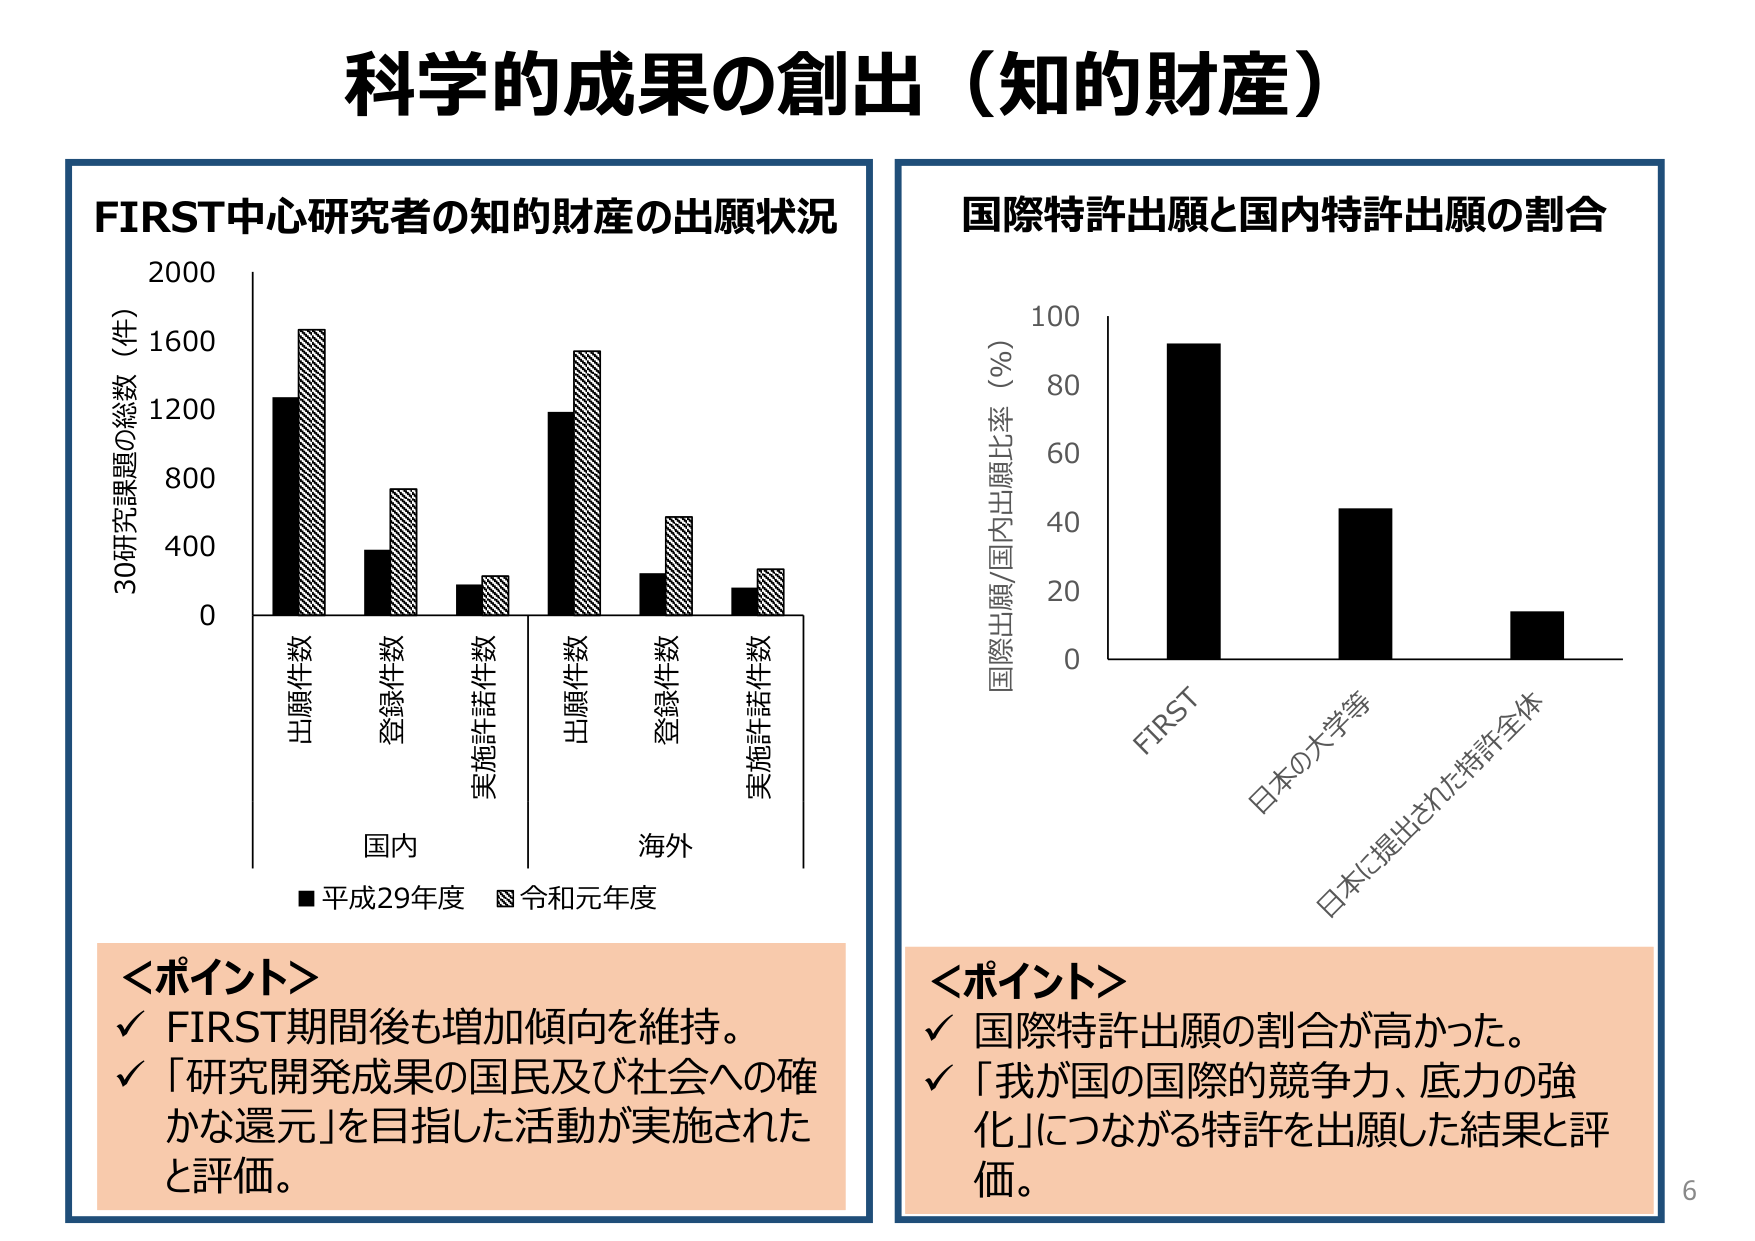
科学的成果の創出（知的財産）

FIRST中心研究者の知的財産の出願状況
30研究課題の総数（件）
2000
1600
1200
800
400
0
出願件数
登録件数
実施許諾件数
出願件数
登録件数
実施許諾件数
国内
海外
■平成29年度 □令和元年度

＜ポイント＞
✓ FIRST期間後も増加傾向を維持。
✓ 「研究開発成果の国民及び社会への確
かな還元」を目指した活動が実施された
と評価。

国際特許出願と国内特許出願の割合
国際出願/国内出願比率（％）
100
80
60
40
20
0
FIRST
日本の大学等
日本に提出された特許全体

＜ポイント＞
✓ 国際特許出願の割合が高かった。
✓ 「我が国の国際的競争力、底力の強
化」につながる特許を出願した結果と評
価。

6